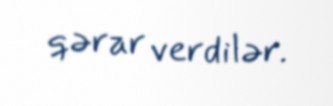
qərar verdilər.